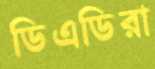
ডিএডিরা